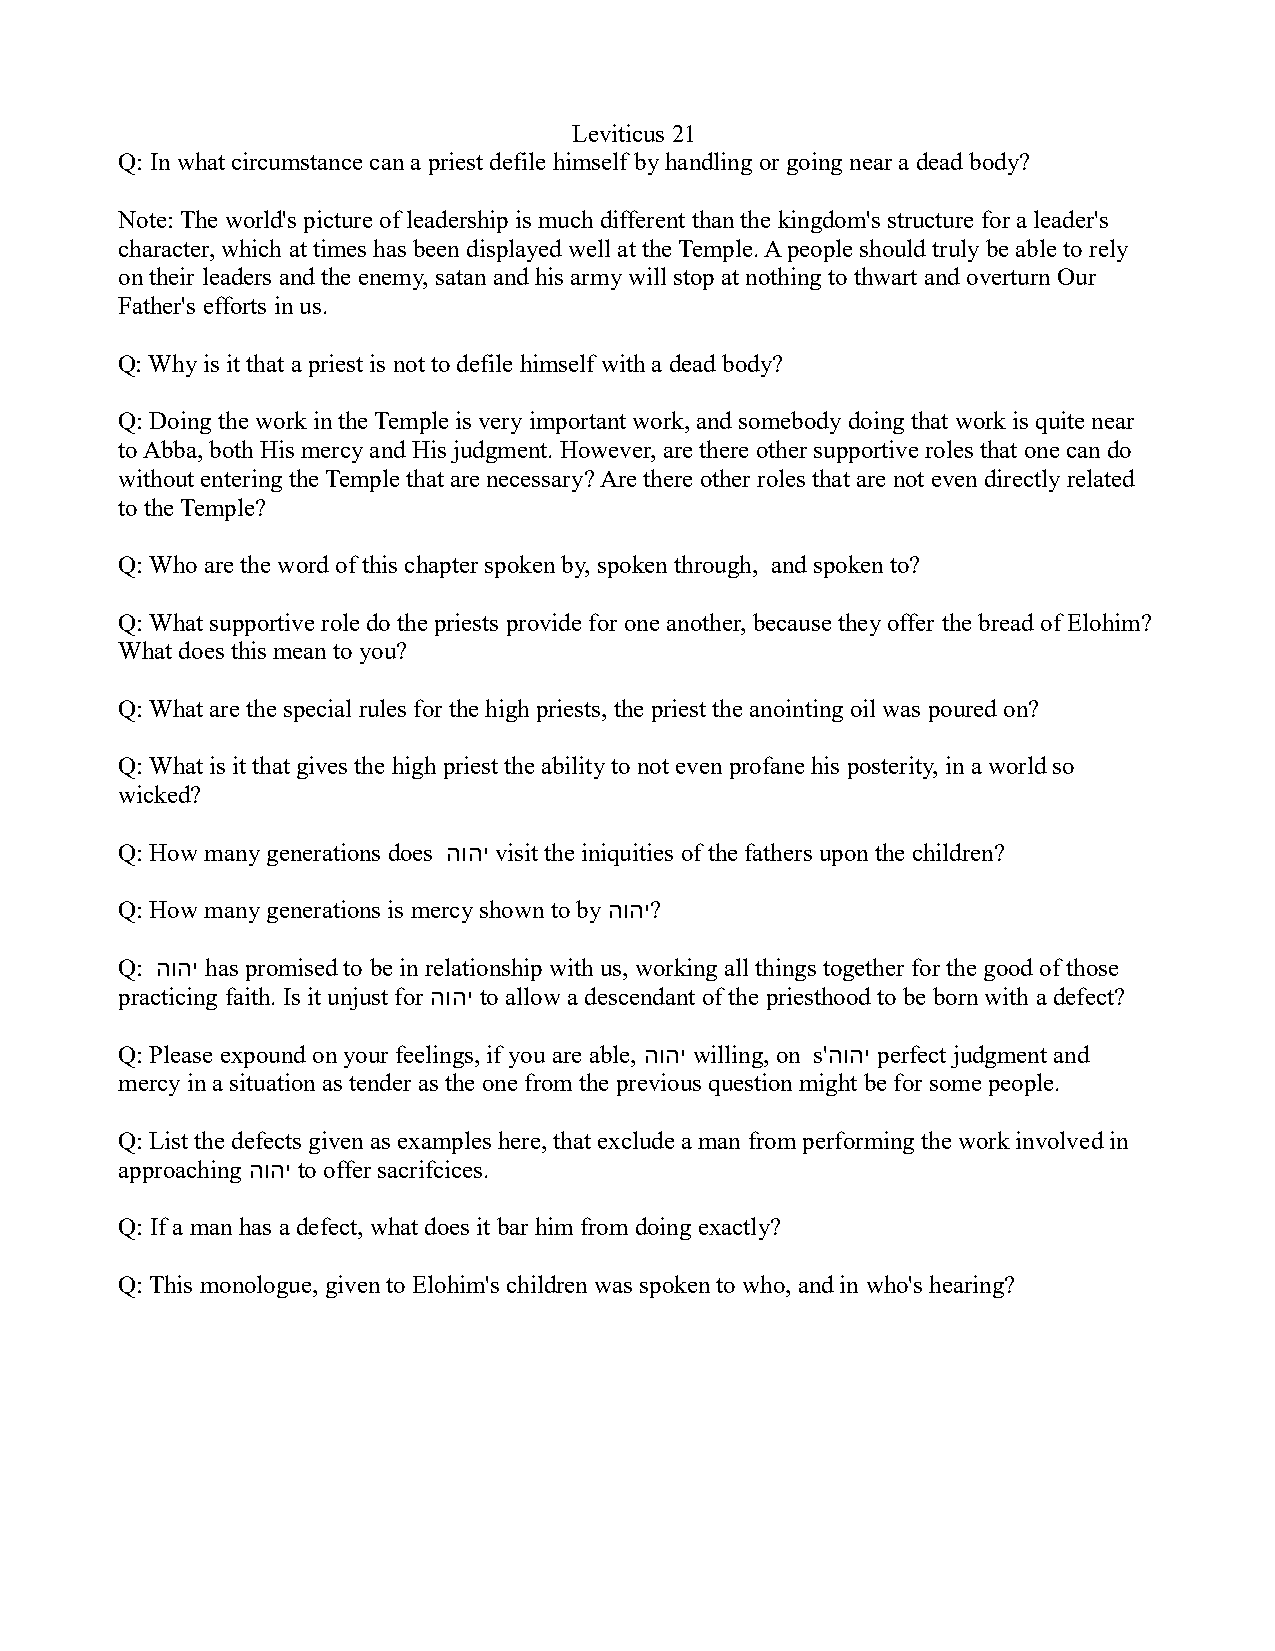
Leviticus 21
 Q: In what circumstance can a priest defile himself by handling or going near a dead body?
 Note: The world's picture of leadership is much different than the kingdom's structure for a leader's
 character, which at times has been displayed well at the Temple. A people should truly be able to rely
 on their leaders and the enemy, satan and his army will stop at nothing to thwart and overturn Our
 Father's efforts in us.
 Q: Why is it that a priest is not to defile himself with a dead body?
 Q: Doing the work in the Temple is very important work, and somebody doing that work is quite near
 to Abba, both His mercy and His judgment. However, are there other supportive roles that one can do
 without entering the Temple that are necessary? Are there other roles that are not even directly related
 to the Temple?
 Q: Who are the word of this chapter spoken by, spoken through, and spoken to?
 Q: What supportive role do the priests provide for one another, because they offer the bread of Elohim?
 What does this mean to you?
 Q: What are the special rules for the high priests, the priest the anointing oil was poured on?
 Q: What is it that gives the high priest the ability to not even profane his posterity, in a world so
 wicked?
 Q: How many generations does הוהי visit the iniquities of the fathers upon the children?
 Q: How many generations is mercy shown to by הוהי?
 Q: הוהי has promised to be in relationship with us, working all things together for the good of those
 practicing faith. Is it unjust for הוהי to allow a descendant of the priesthood to be born with a defect?
 Q: Please expound on your feelings, if you are able, הוהי willing, on s'הוהי perfect judgment and
 mercy in a situation as tender as the one from the previous question might be for some people.
 Q: List the defects given as examples here, that exclude a man from performing the work involved in
 approaching הוהי to offer sacrifcices.
 Q: If a man has a defect, what does it bar him from doing exactly?
 Q: This monologue, given to Elohim's children was spoken to who, and in who's hearing?